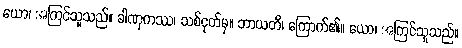
ယော၊ အကြင်သူသည်။ ခါဏုကဿ၊ သစ်ငုတ်မှ။ ဘာယတိ၊ ကြောက်၏။ ယော၊ အကြင်သူသည်။